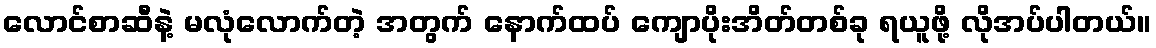
လောင်စာဆီနဲ့ မလုံလောက်တဲ့ အတွက် နောက်ထပ် ကျောပိုးအိတ်တစ်ခု ရယူဖို့ လိုအပ်ပါတယ်။